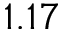
1 . 1 7